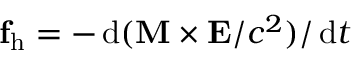
\mathbf f _ { \mathrm { h } } = - \, \mathrm { d } ( \mathbf M \times \mathbf E / c ^ { 2 } ) / \, \mathrm { d } t